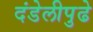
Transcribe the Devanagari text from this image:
दंडेलीपुढे